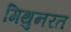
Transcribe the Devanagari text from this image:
मिथुनरत